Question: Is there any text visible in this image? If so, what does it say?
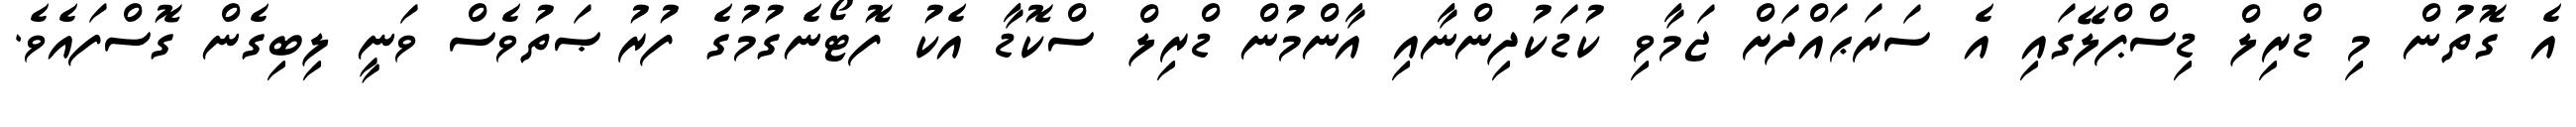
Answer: އެ ގޮތުން މި ޑްރިލް ޑިސްޕްލޭގައި އެ ސަރަޙައްދަށް ޖަމާވި ކުޑަކުދިންނާއި އާންމުން ޑްރިލް ސްކޮޑާ އެކު ފޮޓޯނެގުމުގެ ފުރުޞަތުވެސް ވަނީ ލިބިގެން ގޮސްފައެވެ.